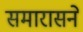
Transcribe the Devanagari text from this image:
समारासने